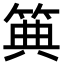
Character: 𥮏